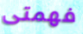
فهمتى